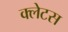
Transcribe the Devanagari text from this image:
क्लेटस